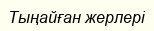
Тыңайған жерлері